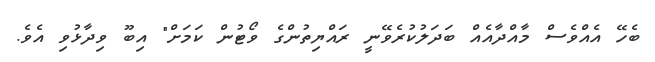
ބެހޭ އެއްވެސް މާއްދާއެއް ބަދަލުކުރެވޭނީ ރައްޔިތުންގެ ވޯޓުން ކަމަށް" އިބޫ ވިދާޅުވި އެވެ.